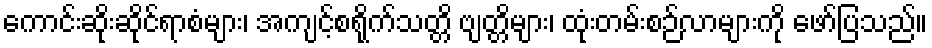
ကောင်းဆိုးဆိုင်ရာစံများ၊ အကျင့်စရိုက်သတ္တိ ဗျတ္တိများ၊ ထုံးတမ်းစဉ်လာများကို ဖော်ပြသည်။